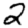
Digit: 2